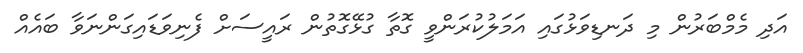
އަދި މެމްބަރުން މި ދަނޑިވަޅުގައި އަމަލުކުރަންވީ ގޮތާ ގުޅޭގޮތުން ރައީސަށް ފެނިވަޑައިގަންނަވާ ބައެއް